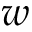
w